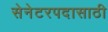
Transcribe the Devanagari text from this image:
सेनेटरपदासाठी